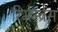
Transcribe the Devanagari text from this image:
रिमेम्ब्रेंस